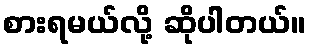
စားရမယ်လို့ ဆိုပါတယ်။